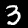
Digit: 3